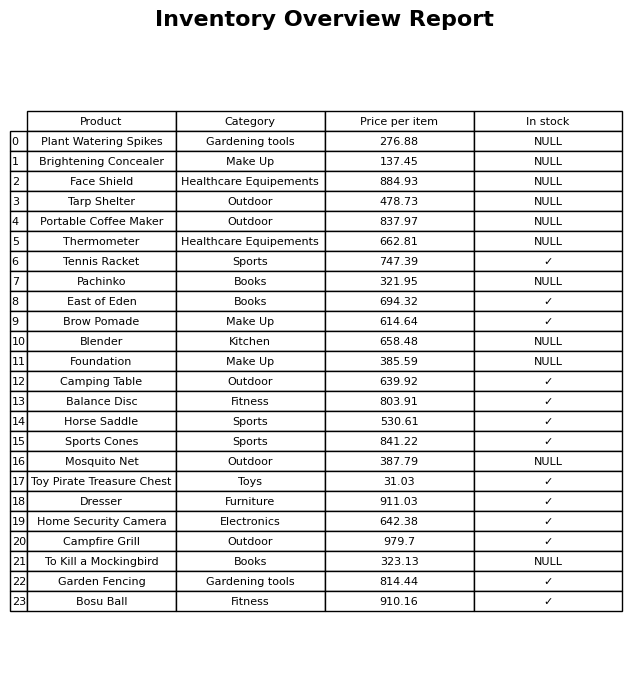
question: What is the price for Home Security Camera?
answer: The price of Home Security Camera is 642.38.